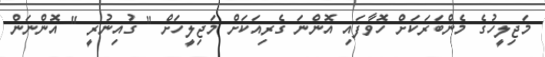
މަޖިލީހުގެ މެންބަރަކަށް ހޮވާފައި އޮންނަ ގެރިއަކަށް މަޖިލީހަށް " ގުއިނުރީ " އޮންނަން